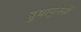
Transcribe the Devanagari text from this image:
बुधाहूनही